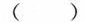
( )